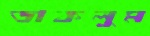
ডাকলুম